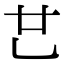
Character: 𠃟